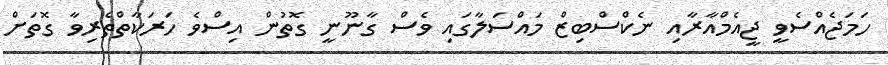
ހަމަޖެއްސެވީ ޖީއެމްއާރާއި ނެކްސްބިޒް މައްސަލާގައި ވެސް ގާނޫނީ ގޮތުން އިސްވެ ހަރަކާތްތެރިވާ ގޮތަށް